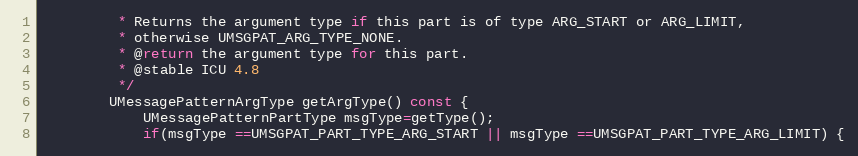
Language: C
         * Returns the argument type if this part is of type ARG_START or ARG_LIMIT,
         * otherwise UMSGPAT_ARG_TYPE_NONE.
         * @return the argument type for this part.
         * @stable ICU 4.8
         */
        UMessagePatternArgType getArgType() const {
            UMessagePatternPartType msgType=getType();
            if(msgType ==UMSGPAT_PART_TYPE_ARG_START || msgType ==UMSGPAT_PART_TYPE_ARG_LIMIT) {